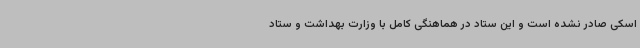
اسکی صادر نشده است و این ستاد در هماهنگی کامل با وزارت بهداشت و ستاد